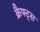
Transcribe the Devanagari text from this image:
क्रैफ्ट्स